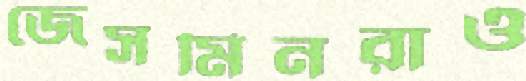
জেসমিনরাও